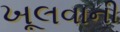
ખૂલવાની